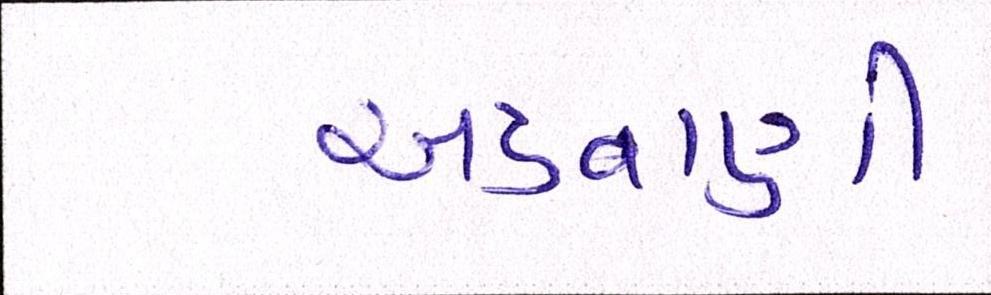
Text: અડવાણી